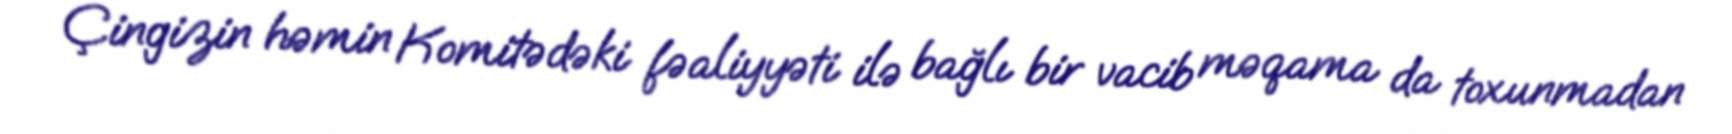
Çingizin həmin Komitədəki fəaliyyəti ilə bağlı bir vacib məqama da toxunmadan